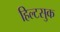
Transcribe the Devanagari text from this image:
हिल्टसुक